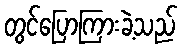
တွင်ပြောကြားခဲ့သည်